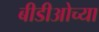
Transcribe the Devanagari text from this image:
बीडीओच्या